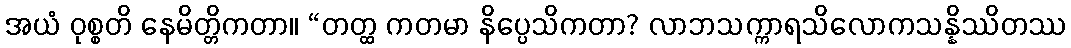
အယံ ဝုစ္စတိ နေမိတ္တိကတာ။ “တတ္ထ ကတမာ နိပ္ပေသိကတာ? လာဘသက္ကာရသိလောကသန္နိဿိတဿ